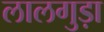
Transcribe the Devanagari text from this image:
लालगुड़ा